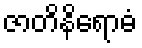
ဇာတိနိရောဓံ